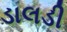
ડાલડી